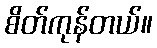
စိတ်ကုန်တယ်။